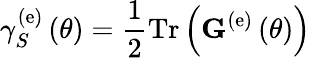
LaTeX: \gamma_{S}^{\left(\mathrm{e}\right)}\left(\theta\right)=\frac{1}{2}\mathrm{Tr}\left({\mathbf G}^{\left(\mathrm{e}\right)}\left(\theta\right)\right)